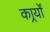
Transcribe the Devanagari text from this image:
कार्र्यों